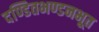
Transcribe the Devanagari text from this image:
दण्डितभण्डनभूत